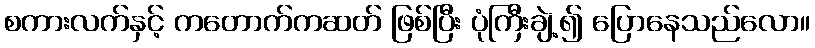
စကားလက်နှင့် ကတောက်ကဆတ် ဖြစ်ပြီး ပုံကြီးချဲ့၍ ပြောနေသည်လော။